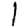
Digit: 1